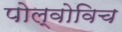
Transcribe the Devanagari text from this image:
पोल्वोविच